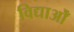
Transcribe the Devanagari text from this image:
विद्याओँ